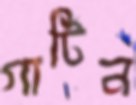
গার্টিন